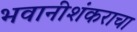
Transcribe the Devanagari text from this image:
भवानीशंकराचा